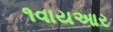
૧વાયઆર